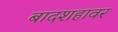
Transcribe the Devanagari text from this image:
बादशहावर